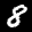
Label: 8